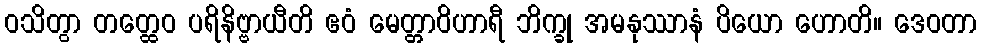
ဝသိတွာ တတ္ထေဝ ပရိနိဗ္ဗာယီတိ ဧဝံ မေတ္တာဝိဟာရီ ဘိက္ခု အမနုဿာနံ ပိယော ဟောတိ။ ဒေဝတာ